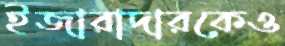
ইজারাদারকেও